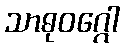
သာဓုဝဂ္ဂေါ